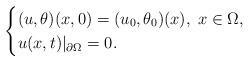
LaTeX: \begin{align*}\begin{cases}(u,\theta)(x,0)=(u_{0},\theta_{0})(x),\;x\in\Omega,\\u(x,t)|_{\partial\Omega}=0.\end{cases}\end{align*}